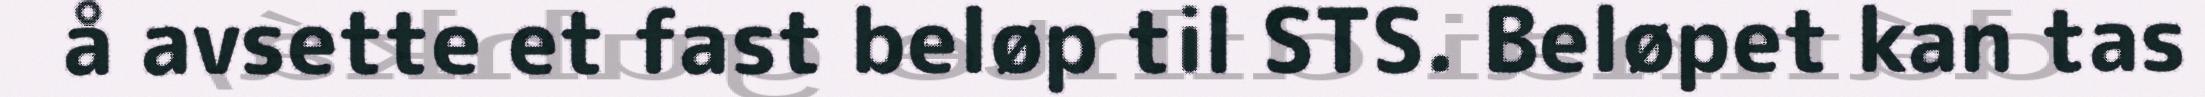
å avsette et fast beløp til STS. Beløpet kan tas